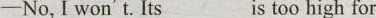
-No,I won't.Its___is too high for